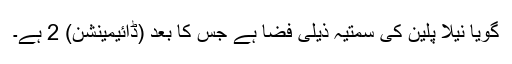
گویا نیلا پلین کی سمتیہ ذیلی فضا ہے جس کا بُعد (ڈائیمینشن) 2 ہے۔